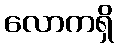
လောကရှိ